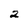
Character: 2